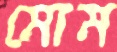
মোম